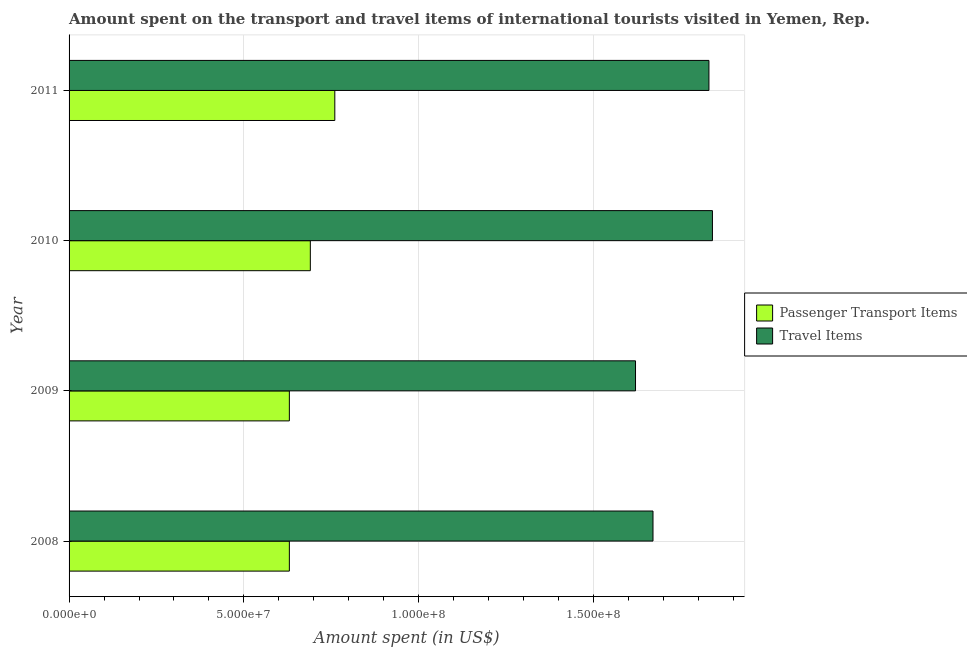
| Year | Passenger Transport Items | Travel Items |
 | --- | --- | --- |
 | 2008 | 6.3e+07 | 1.67e+08 |
 | 2009 | 6.3e+07 | 1.62e+08 |
 | 2010 | 6.9e+07 | 1.84e+08 |
 | 2011 | 7.6e+07 | 1.83e+08 |